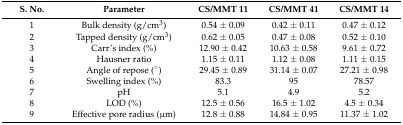
<table><thead><tr><td><b>S. No.</b></td><td><b>Parameter</b></td><td><b>CS/MMT 11</b></td><td><b>CS/MMT 41</b></td><td><b>CS/MMT 14</b></td></tr></thead><tbody><tr><td>1</td><td>Bulk density (g/cm<sup>3</sup>)</td><td>0.54 ± 0.09</td><td>0.42 ± 0.11</td><td>0.47 ± 0.12</td></tr><tr><td>2</td><td>Tapped density (g/cm<sup>3</sup>)</td><td>0.62 ± 0.05</td><td>0.47 ± 0.08</td><td>0.52 ± 0.10</td></tr><tr><td>3</td><td>Carr’s index (%)</td><td>12.90 ± 0.42</td><td>10.63 ± 0.58</td><td>9.61 ± 0.72</td></tr><tr><td>4</td><td>Hausner ratio</td><td>1.15 ± 0.11</td><td>1.12 ± 0.08</td><td>1.11 ± 0.15</td></tr><tr><td>5</td><td>Angle of repose (°)</td><td>29.45 ± 0.89</td><td>31.14 ± 0.07</td><td>27.21 ± 0.98</td></tr><tr><td>6</td><td>Swelling index (%)</td><td>83.3</td><td>95</td><td>78.57</td></tr><tr><td>7</td><td>pH</td><td>5.1</td><td>4.9</td><td>5.2</td></tr><tr><td>8</td><td>LOD (%)</td><td>12.5 ± 0.56</td><td>16.5 ± 1.02</td><td>4.5 ± 0.34</td></tr><tr><td>9</td><td>Effective pore radius (μm)</td><td>12.8 ± 0.88</td><td>14.84 ± 0.95</td><td>11.37 ± 1.02</td></tr></tbody></table>